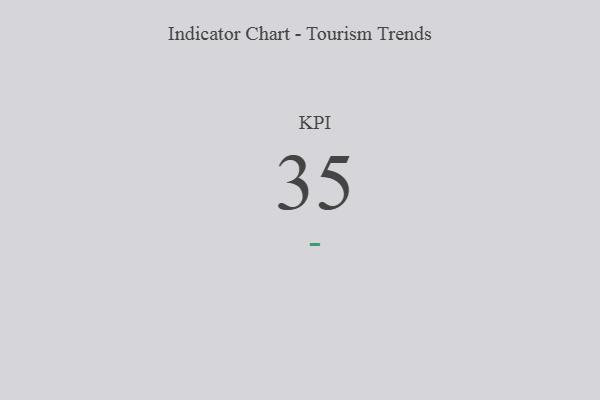
{"axis": {"x": "KPI", "y": "Value"}, "legend": [""], "data": [{"x": "KPI", "y": 35, "type": ""}]}